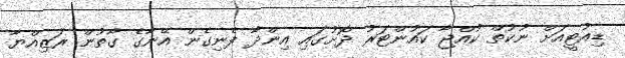
ޑިއުޓީއަށް ނުކުތް ކުއްޖާ ކައުންޓަރު ދޮށުގައި އިންދާ ފެނިގެން އޭނާގެ ގާތުން ރަޒިއްޔާ